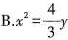
B. $$x ^ { 2 } = \frac { 4 } { 3 } y$$